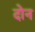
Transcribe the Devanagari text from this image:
दाेन